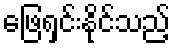
ဖြေရှင်းနိုင်သည့်